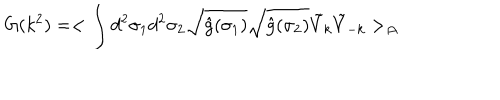
LaTeX: G ( k ^ { 2 } ) = < \int d ^ { 2 } \sigma _ { 1 } d ^ { 2 } \sigma _ { 2 } \sqrt { \hat { g } ( \sigma _ { 1 } ) } \sqrt { \hat { g } ( \sigma _ { 2 } ) } { \tilde { V } } _ { k } { \tilde { V } } _ { - k } > _ { \cal { A } }